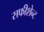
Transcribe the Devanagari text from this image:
सफीशेन्ट